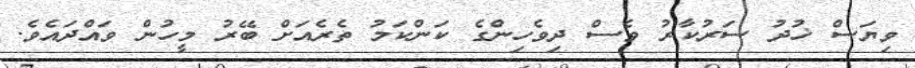
ވިޔަސް ޚުދު ސަރުކާރު ވެސް ދިވެހިންގެ ކަންކަމު ތެރެއަށް ބޭރު މީހުން ވައްދައެވެ.